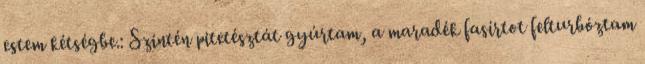
estem kétségbe.: Szintén pitetésztát gyúrtam, a maradék fasírtot felturbóztam